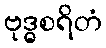
ဗုဒ္ဓစရိတံ